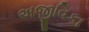
અજીવિકા